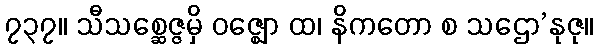
၇၃၇။ သီသစ္ဆေဇ္ဇမှိ ဝဇ္ဈော ထ၊ နိကတော စ သဌော’နုဇု။